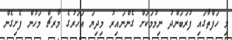
މި ހަފްތާގައި ފުރަބަންދު ނިމުމަކަށް ގެންނައިރު މިދިޔަ އަހަރުގެ މާރޗް މަހުން ފެށިގެން